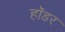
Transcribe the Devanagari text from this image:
हॉडर